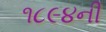
૧૮૯૪ની